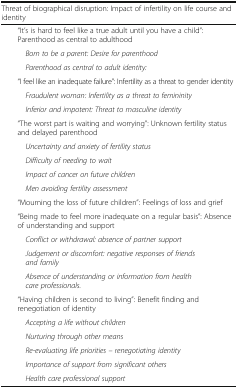
| <COLSPAN=2> Threat of biographical disruption: Impact of infertility on life course and identity |
 | --- | --- |
 | <COLSPAN=2> “It’s is hard to feel like a true adult until you have a child”: Parenthood as central to adulthood |
 | <COLSPAN=2> Born to be a parent: Desire for parenthood |
 | <COLSPAN=2> Parenthood as central to adult identity: |
 | <COLSPAN=2> “I feel like an inadequate failure”: Infertility as a threat to gender identity |
 | <COLSPAN=2> Fraudulent woman: Infertility as a threat to femininity |
 | <COLSPAN=2> Inferior and impotent: Threat to masculine identity |
 | <COLSPAN=2> “The worst part is waiting and worrying”: Unknown fertility status and delayed parenthood |
 | <COLSPAN=2> Uncertainty and anxiety of fertility status |
 | <COLSPAN=2> Difficulty of needing to wait |
 | <COLSPAN=2> Impact of cancer on future children |
 | <COLSPAN=2> Men avoiding fertility assessment |
 | <COLSPAN=2> “Mourning the loss of future children”: Feelings of loss and grief |
 | <COLSPAN=2> “Being made to feel more inadequate on a regular basis”: Absence of understanding and support |
 | <COLSPAN=2> Conflict or withdrawal: absence of partner support |
 | <COLSPAN=2> Judgement or discomfort: negative responses of friends and family |
 | <COLSPAN=2> Absence of understanding or information from health care professionals. |
 | <COLSPAN=2> “Having children is second to living”: Benefit finding and renegotiation of identity |
 | <COLSPAN=2> Accepting a life without children |
 | <COLSPAN=2> Nurturing through other means |
 | <COLSPAN=2> Re-evaluating life priorities – renegotiating identity |
 | <COLSPAN=2> Importance of support from significant others |
 | <COLSPAN=2> Health care professional support |